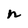
Character: n